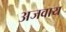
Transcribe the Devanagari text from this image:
अजवाय